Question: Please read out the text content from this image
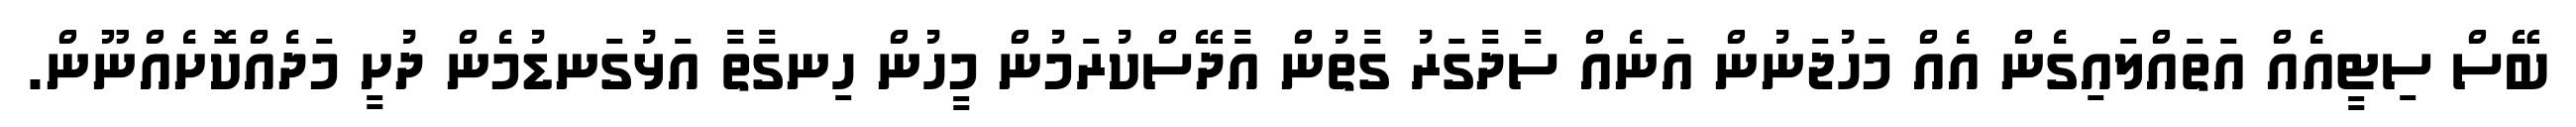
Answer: ބޭސް ސިޓީއެއް އަތައްލައިގެން އެއް މަހުޖަނުން އަނެއް ސާދާގަރު ގާތުން އާދޭސްކުރަމުން މީހުން ހިނގާތާ އަޅުގަނޑުމެން ދުށީ މަދެއްކޮށެއްނޫން.